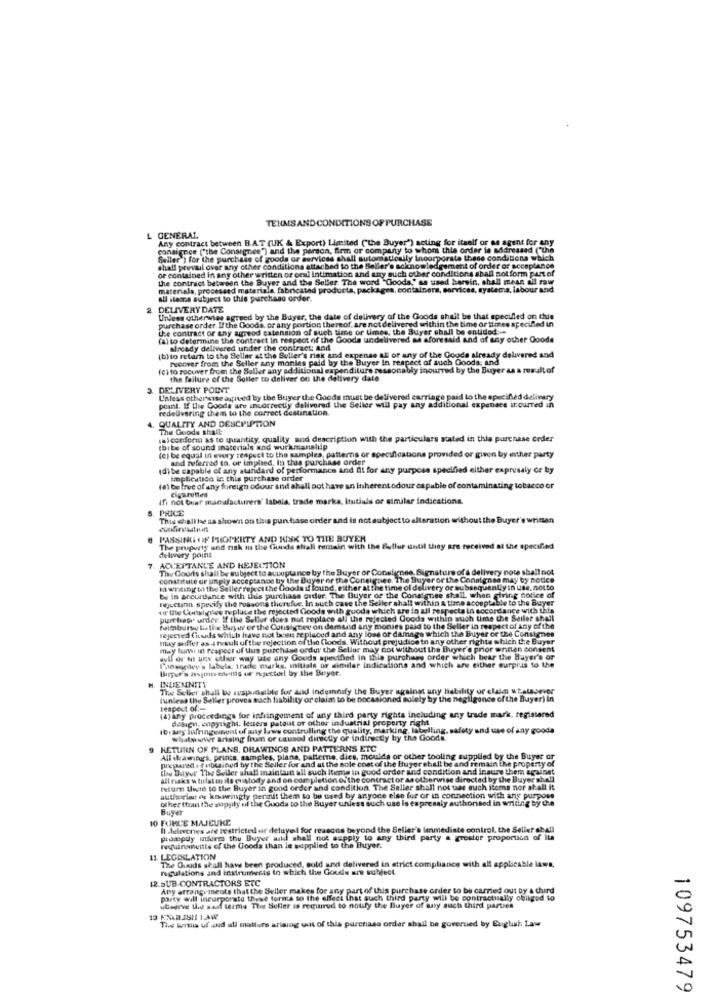
TERMS AND CONDITIONS OF PURCHASE
L GENERAL
Any contract between B.A.T (UK & Export) Limited ("the Buyer") acting for itself or as agent for any
consignee ("the Consignee") and the person, firm or company to whom this order is addressed ("the
Seller ) for the purchase of goods or services chall automatically incorporste these conditions which
or contained in any other written or ond intimation and any such other conditions shall not form part of
shall prevail over any other conditions attached to the Seller's acknowledgement of order of acceptance
the contract between the Buyer and the Seller The word "Gooda," ss used herein, shall mess uil raw
materials, processed materiale, fabricated products, packages, containers, services, systema, labour and
all itesna subject to this purchase order.
DELIVERY DATE
Unless otherwise agreed by the Buyer, the date of delivery of the Goods shall be that specifled on this
purchase order. If the Goods, or any portion thereof, are not delivered within the time or times specified in
U.e contract or any agrood extension of such time or times, the Buyer shall be entidod ...
pect of the Goods undelivered as aforeesid and of any other Ooode
already delivered under the contract: and
(b)to retam to the Seller at the Seller's risk and expense all of any of the Goods already delivered and
recover from the Seller any monies paid by the Buyer In respect of auch Goods, and
Ici to rocuver from the Suller any additional expenditure reasonably inourred by the Buyer as a resultof
the failure of the Soller to deliver on the delivery date
DELIVERY POINT
Unless otherwise agpned by the Buyer the Goods must be delivered carriage paid to the specified delivery
point. If the Goods are incorrectly delivered the Seller will pay any additional expenses incurred in
redelivering them to the correct destination.
QUALITY AND DESCRIPTION
The Goods shall
salconform as to quantity, quality and description with the particulars stated in this purchase order
thite of sound materials and workmanslip
(e) be equal in every respect to the samples, patterns or specifications provided or given by either party
and referred to. or implied, In this purchase order
(di be capable of any standard of performance and It for any purpose specified either expresaly or by
implication in this purchase order
(e) be free of any foreign odour and shall not have an Inherent odour capable of contaminating tobacco or
cigarettes
Ifi not bear manufacturers' labels, trade marks, Ituitiuls or similar indications.
PRICE
This chall he as shown on this pun fase order and is not subject to alteration without the Buyer's wrinan
PASSING OF PROPERTY AND RISK TO THE BUYER
The property und risk ma the Gunds shall remain with the Sulfur until they are received at the specified
ACCEPTANCE AND KEJECTION
delivery point
The Courts shall be subject to actuptance by the Buyer or Consignee. Signature of a delivery note shall not
constitute ur unply acceptance by the Buyer or the Consignes. The Buyer or the Conaignes may by notice
kl wneinjt'hi the Seller repect the Goods if found, either at the time of delivery or subsequently in use, notto
be In accudance with this purchase order. The Buyer of the Consignee shall when giving notice of
muctinn.specify the reasons therefue. In such case the Seller shall within a time acouptable to the Buyer
"if the Coital (ies fupluce the rejected Goods with guoda which are in all respecta in accordance with this
Purchase order. If the Seller does not replace all the rejected Goods withip such time the Sailer shell
fuimbursu tis the Bury or or the Cousinee on demusd any monies paid to the Seller in respect of Any of the
rejected Citedds which have not been replaced and any loss or damage which the Buyer or the Consignes
may suffer asit suli uf the rejection of the Goods. Without prejudice to any other rights which the Buyer
may lur in respect of this purchase ordur the Sellor may not without the Buyer'a prior whitten consent
dull or ms any other way use any Goods specified in this purchase order which bear the Buyer's or
Consigney's labels, trade marks, initials or similar Indications and which are either surplus to the
Unger's asgiun civilis of rejected by the Buyer.
INDEMNITY
The Seller shall be aespaunable fur and indemnify the Buyer against any liability or claim whatsoever
(unless the Seller proves sach hability or claim to be cocasioned solely by the negligence of the Buyer) in
respect of .-
(a) any proceedings for infringement of any third party rights including any trade mark, registered
debien, copyright. letters patout or other industrial property right
Ibiany infringement of any laws contrulling the quality, marking, labelling, safety and use of say gooda
whatever arising from or caused directly or indirectly by the Goods.
HETURN OF PLANS, DRAWINGS AND PATTERNS ETC
All drawings. prints, samples, plana, patterne, dies, moulds or other tooling supplied by the Buyer or
prepared . tubusined by the Seller for and at the sole cost of the Buyer shall be and remain the property of
the Buyer The Seller shall maintun all such items in good order and condition and insure them against
all risks w tulstm ile custody and on completion of the contract or an otherwise directed by the Buyer shell
reum Ilit to the Buyer in good order and condition. The Seller shall not uae auch items nor shall it
authorlan of koweingly permit them to be used by anyone else for or in connection with any purpose
other than the supply of the Goods to the Buyer unless such use is expresaly authorised in writing by the
Buyer
10 FORCE MAJEURE
Il ilelevenes are restricted or deluyel for reasons beyond the Seller's Immediate control, the Seller shell
pidaply inform the Buyer and shall not supply to any third party & grestor proportion of Ita
niquinanvitts of the Goods than is supplied to the Buyer.
LEGISLATION
The Ouuds shall haw been produced, sold und delivered in strict compliance with all applicable laws,
rigulations and instruments to which the Goude une subject.
I2.SUB CONTRACTORS ETC
Any arrangements that the Seller makes for any part of this purchase order to be carried out by a third
party will incorporate these forma to the effect that auch third party will be contractually obliged to
ubsdrve this sadf terms The Seller is required to notify the Buyer of any such third parties
The wuertia uf and all matters arising out of this purchase order shall be governed by Euglush Law
109753479